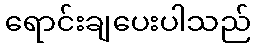
ရောင်းချပေးပါသည်